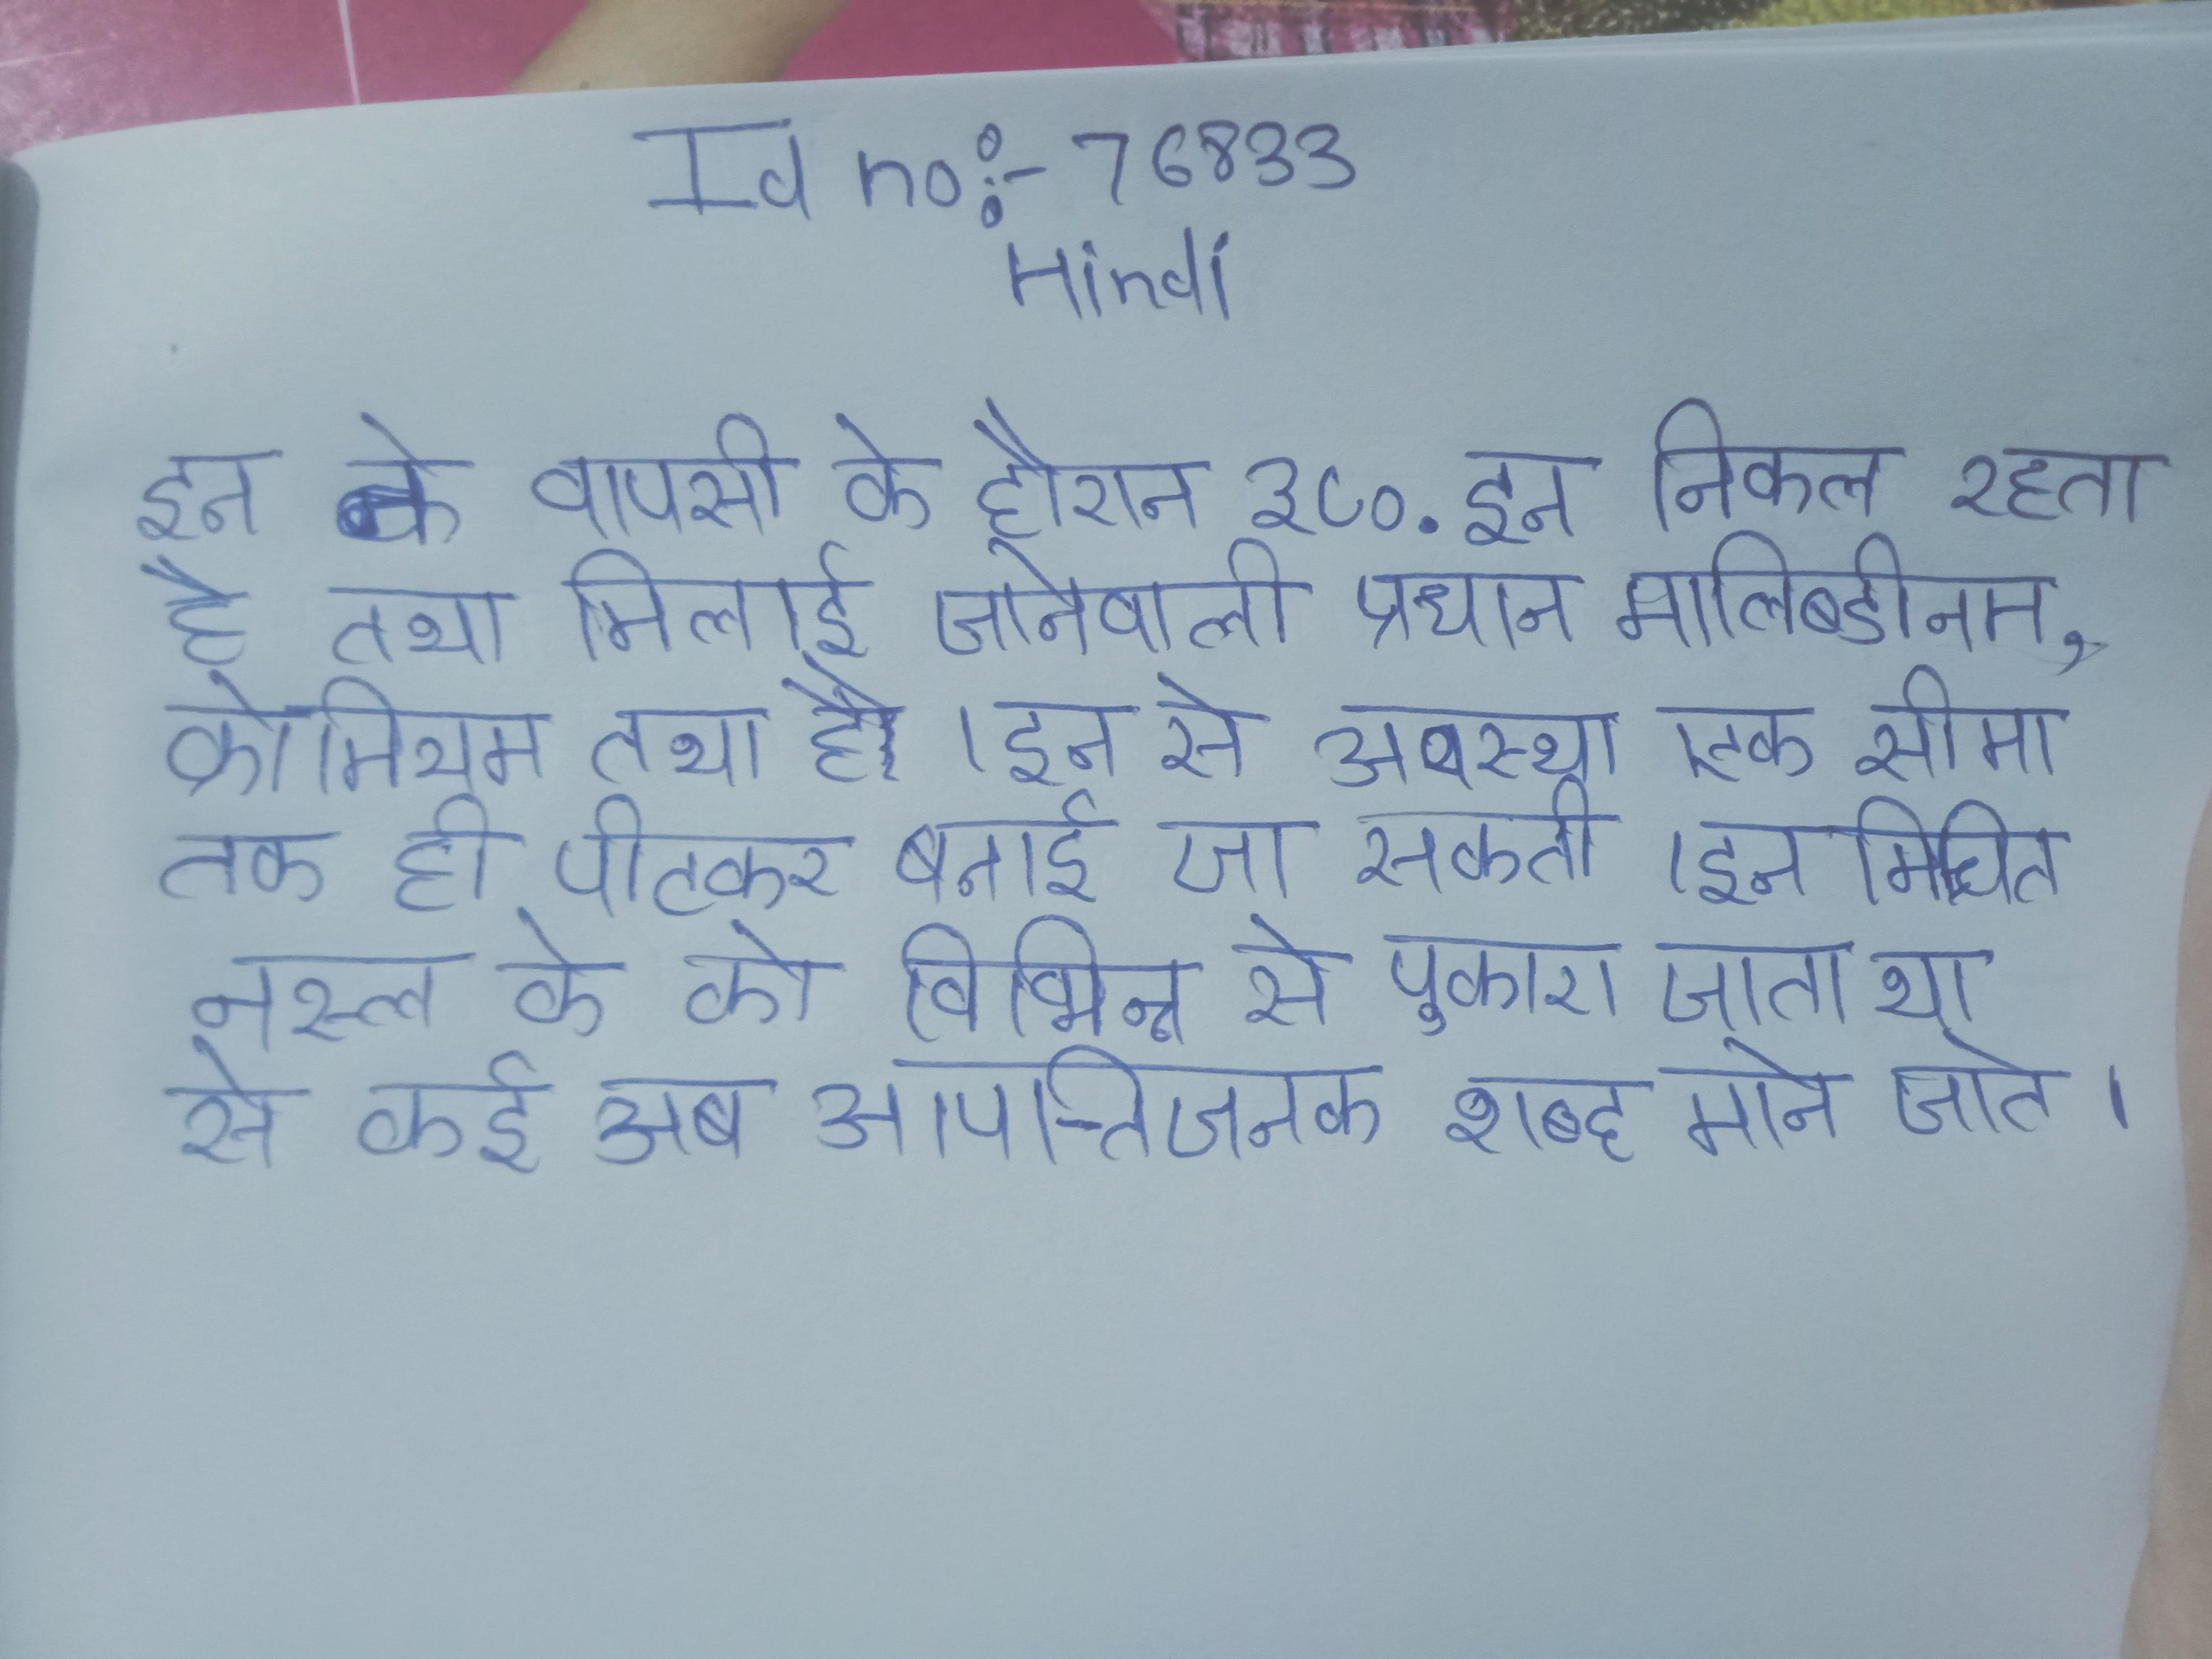
इन ने वापसी के दौरान ३८० कि . इन निकल रहता है तथा मिलाई जानेवाली प्रधान मालिब्डीनम, क्रोमियम तथा है । इन से अवस्था एक सीमा तक ही पीटकर बनाई जा सकती । इन मिश्रित नस्ल के को विभिन्न से पुकारा जाता था से कई अब आपत्तिजनक शब्द माने जाते ।